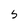
Character: S